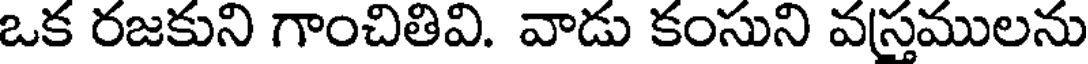
ఒక రజకుని గాంచితివి. వాడు కంసుని వస్తములను